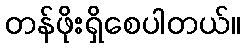
တန်ဖိုးရှိစေပါတယ်။